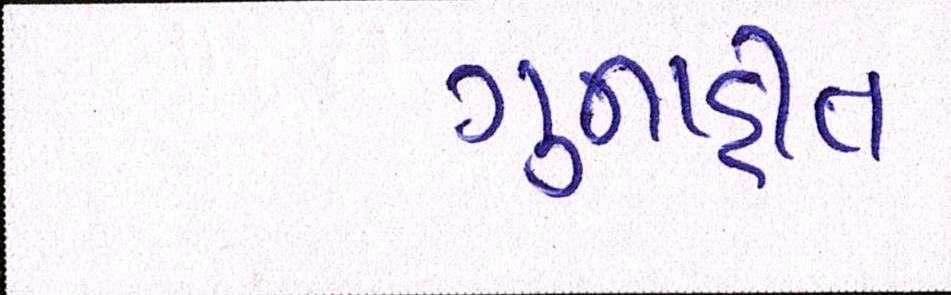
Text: ગુનાહીત